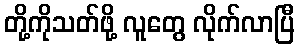
တို့ကိုသတ်ဖို့ လူတွေ လိုက်လာပြီ